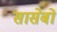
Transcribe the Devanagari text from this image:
सासेबो